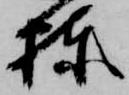
棟